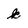
Character: k